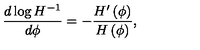
{ \frac { d \log { H ^ { - 1 } } } { d \phi } } = - { \frac { H ^ { \prime } \left( \phi \right) } { H \left( \phi \right) } } ,